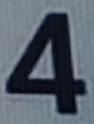
4